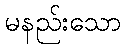
မနည်းသော